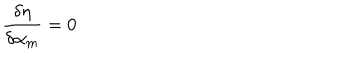
\frac { \delta \eta } { \delta \alpha _ { m } } = 0